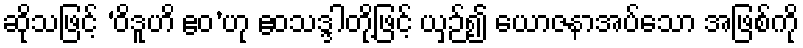
ဆိုသဖြင့် ‘ဝိဒူဟိ ဧဝ’ဟု ဧဝသဒ္ဒါတို့ဖြင့် ယှဉ်၍ ယောဇနာအပ်သော အဖြစ်ကို